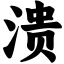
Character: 溃